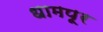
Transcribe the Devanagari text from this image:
धामपूर